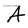
Character: A